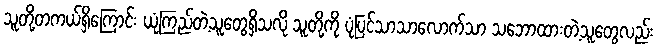
သူတို့တကယ်ရှိကြောင်း ယုံကြည်တဲ့သူတွေရှိသလို သူတို့ကို ပုံပြင်သာသာလောက်သာ သဘောထားတဲ့သူတွေလည်း